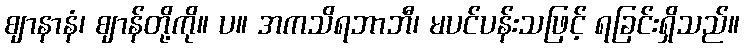
ဈာနာနံ၊ ဈာန်တို့ကို။ ပ။ အကသိရဘာဘီ၊ မပင်ပန်းသဖြင့် ရခြင်းရှိသည်။